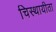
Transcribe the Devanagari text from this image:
चिस्थायीता